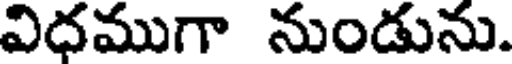
విధముగా నుండును.